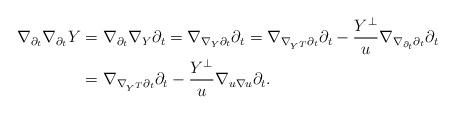
LaTeX: \begin{align*}\nabla_{\partial_t}\nabla_{\partial_t}Y&=\nabla_{\partial_t}\nabla_Y\partial_t=\nabla_{\nabla_Y\partial_t}\partial_t=\nabla_{\nabla_{Y^T}\partial_t}\partial_t-\frac{Y^{\perp}}{u}\nabla_{\nabla_{\partial_t}\partial_t}\partial_t\\&=\nabla_{\nabla_{Y^T}\partial_t}\partial_t-\frac{Y^{\perp}}{u}\nabla_{u\nabla u}\partial_t.\end{align*}